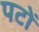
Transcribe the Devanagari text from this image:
पटों